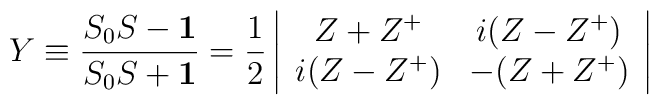
Y \equiv \frac{S_0 S - {\bf 1}}{S_0 S+{\bf 1}}=\frac{1}{2}\left|\begin{array}{cc}Z+Z^{+} & i(Z-Z^{+}) \\i(Z-Z^{+}) & -(Z+Z^{+})\end{array}\right|